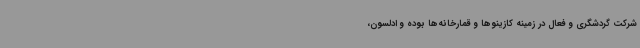
شرکت گردشگری و فعال در زمینه کازینوها و قمارخانه‌ها بوده و ادلسون،